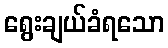
ရွေးချယ်ခံရသော